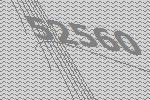
52560